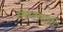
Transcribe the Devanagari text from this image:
सेवतसामी